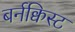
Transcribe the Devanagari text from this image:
बर्नक्विस्ट